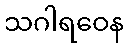
သဂါရဝေန